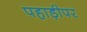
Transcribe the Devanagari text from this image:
पहाड़ीपर